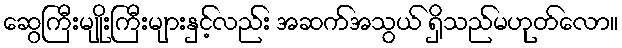
ဆွေကြီးမျိုးကြီးများနှင့်လည်း အဆက်အသွယ် ရှိသည်မဟုတ်လော။